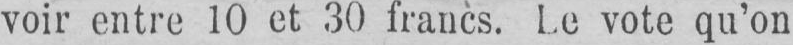
voir entre 10 et 30 francs. Le vote qu’on